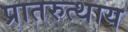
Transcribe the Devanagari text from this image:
प्रातरुत्थाय